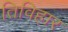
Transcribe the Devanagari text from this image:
तिविहार